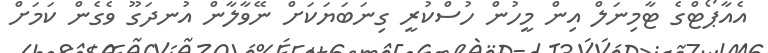
އެއާޕޯޓްގެ ޓާމިނަލް އިން މީހުން ހުސްކުރީ ގިނަބަޔަކަށް ނޭވާލާން އުނދަގޫ ވެގެން ކަމަށް